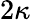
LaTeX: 2\kappa